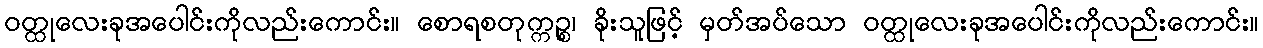
ဝတ္ထုလေးခုအပေါင်းကိုလည်းကောင်း။ စောရစတုက္ကဉ္စ၊ ခိုးသူဖြင့် မှတ်အပ်သော ဝတ္ထုလေးခုအပေါင်းကိုလည်းကောင်း။